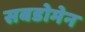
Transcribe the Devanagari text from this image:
सबडोमेन